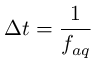
\Delta t = \frac { 1 } { f _ { a q } }